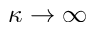
\kappa \rightarrow \infty